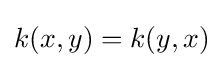
k(x,y)=k(y,x)